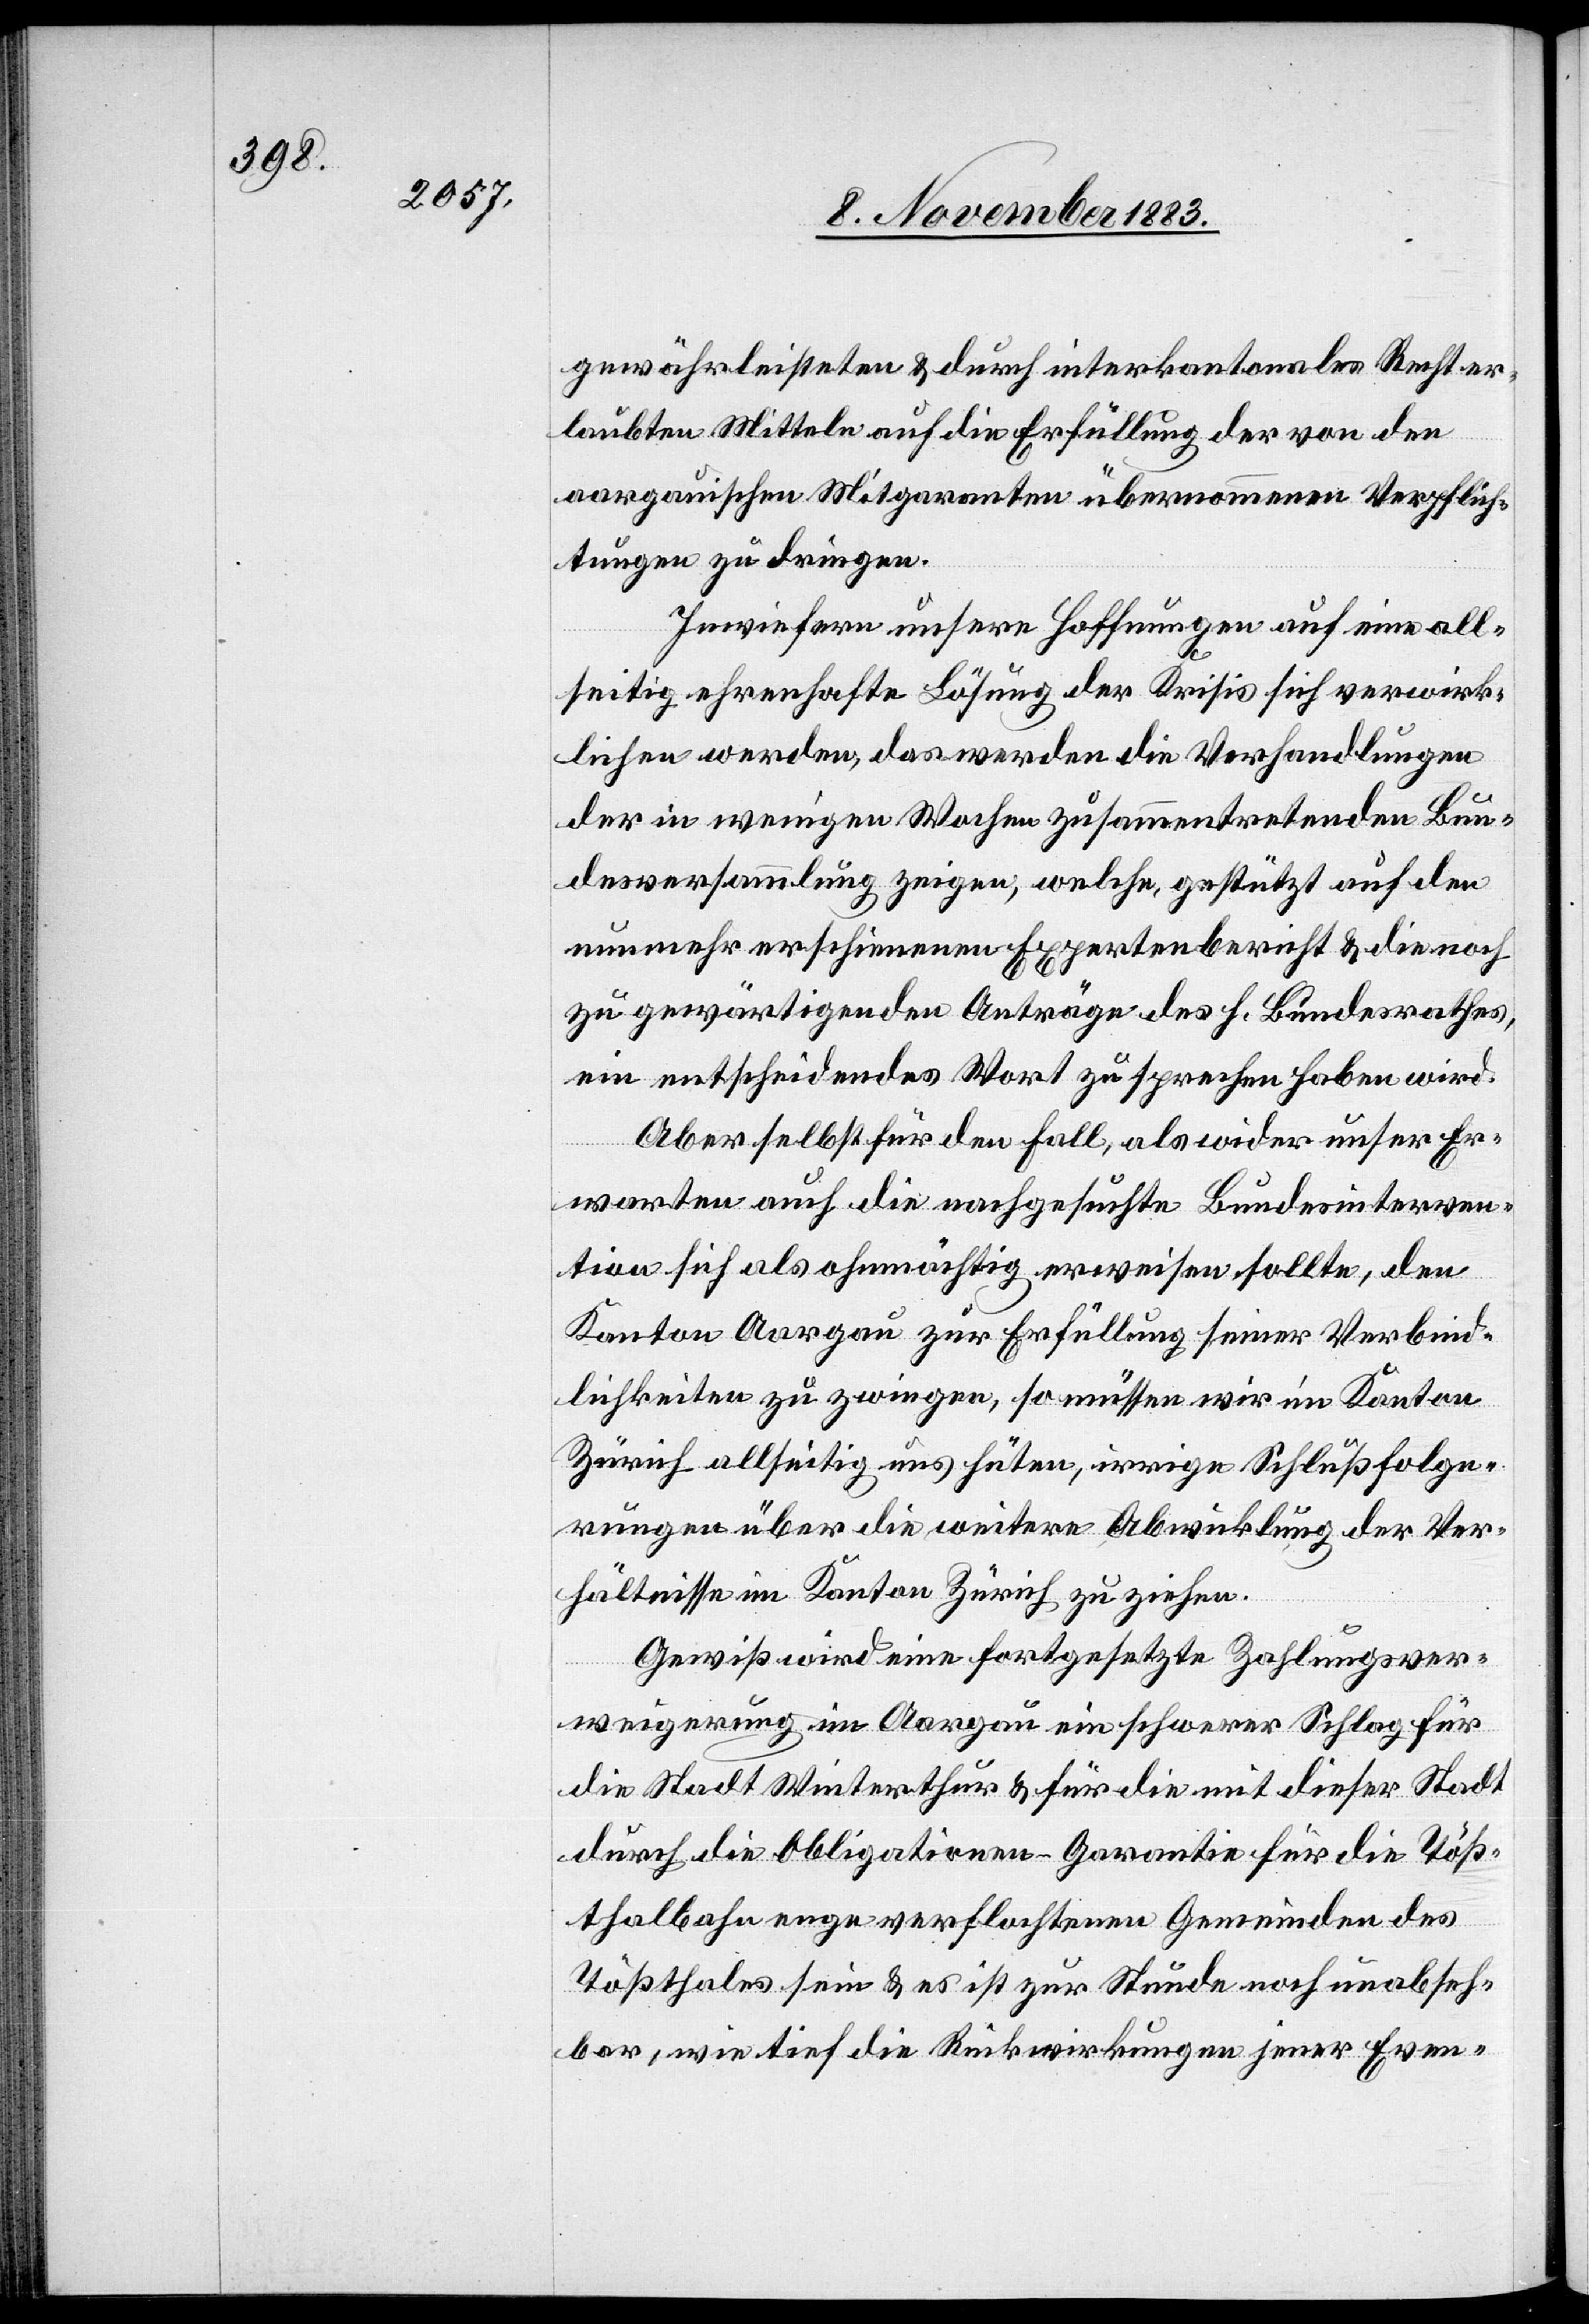
gewährleisteten & durch interkantonales Recht er¬
laubten Mitteln auf die Erfüllung der von den
aargauischen Mitgaranten übernommenen Verpflich¬
tungen zu dringen.
Inwiefern unsere Hoffnung auf eine all¬
seitig ehrenhafte Lösung der Krisis sich verwirk¬
lichen werden, das werden die Verhandlungen
der in wenigen Wochen zusammentretenden Bun¬
desversammlung zeigen, welche, gestützt auf den
nunmehr erschienenen Expertenbericht & die noch
zu gewärtigenden Aufträge des h. Bundesrathes,
ein entscheidendes Wort zu sprechen haben wird.
Aber selbst für den Fall, als wider unser Er¬
warten auch die nachgesuchte Bundesinterven¬
tion sich als ohnmächtig erweisen sollte, den
Kanton Aargau zur Erfüllung seiner Verbind¬
lichkeiten zu zwingen, so müssen wir im Kanton
Zürich allseitig uns hüten, irrige Schlußfolge¬
rungen über die weitere Abwicklung der Ver¬
hältnisse im Kanton Zürich zu ziehen.
Gewiß wird eine fortgesetzte Zahlungsver¬
weigerung im Aargau ein schwerer Schlag für
die Stadt Winterthur & für die mit dieser Stadt
durch die Obligationen-Garantie für die Töß¬
thalbahn enge verflochtenen Gemeinden des
Tößthales sein & es ist zur Stunde noch unabseh¬
bar, wie tief die Rückwirkungen jener Even-